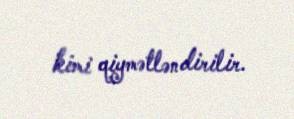
kimi qiymətləndirilir.